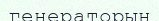
генераторын